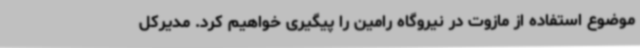
موضوع استفاده از مازوت در نیروگاه رامین را پیگیری خواهیم کرد. مدیرکل